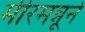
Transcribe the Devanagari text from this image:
मीरमन्नूने